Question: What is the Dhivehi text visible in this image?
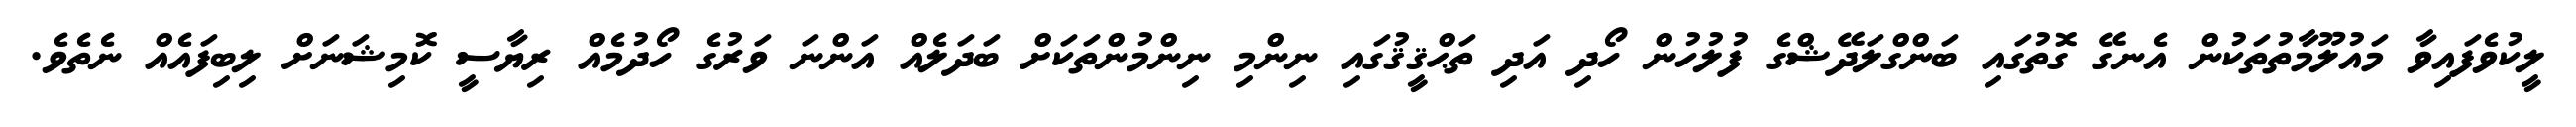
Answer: ލީކުވެފައިވާ މައުލޫމާތުތަކުން އެނގޭ ގޮތުގައި ބަންގްލަދޭޝްގެ ފުލުހުން ހޯދި އަދި ތަޙްޤީޤުގައި ނިންމި ނިންމުންތަކަށް ބަދަލެއް އަންނަ ވަރުގެ ހޯދުމެއް ރިޔާސީ ކޮމިޝަނަށް ލިބިފައެއް ނެތެވެ.